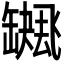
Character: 𮉻